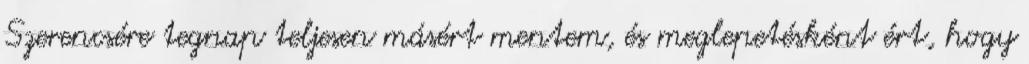
Szerencsére tegnap teljesen másért mentem, és meglepetésként ért, hogy